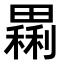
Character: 𤳝